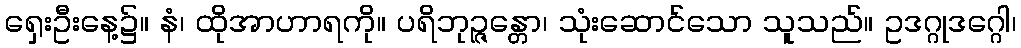
ရှေးဦးနေ့၌။ နံ၊ ထိုအာဟာရကို။ ပရိဘုဉ္ဇန္တော၊ သုံးဆောင်သော သူသည်။ ဥဒဂ္ဂုဒဂ္ဂေါ၊